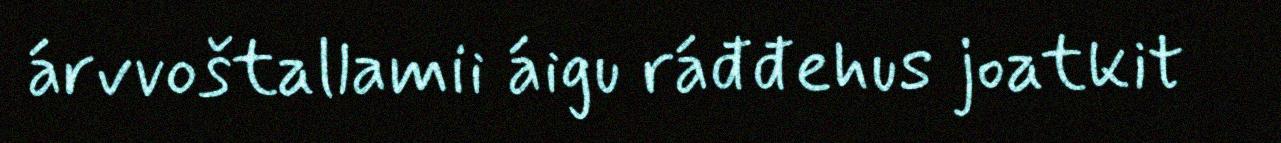
árvvoštallamii áigu ráđđehus joatkit